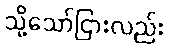
သို့သော်ငြားလည်း